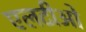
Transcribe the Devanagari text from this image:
एलटीओ